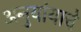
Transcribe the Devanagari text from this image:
अनुयांयाचे